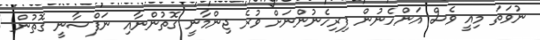
ނުވަތަ މިއީ ވެސް އަންހެނުން ފިރިހެނުންނަށް ވުރެ ޖިންމާނީ ގޮތުންނާއި ނަފްސާނީ ގޮތުން